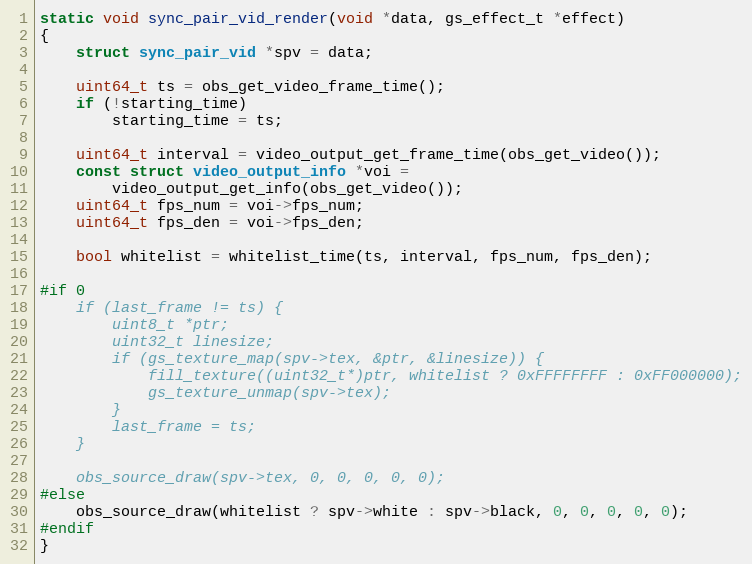
Language: C
static void sync_pair_vid_render(void *data, gs_effect_t *effect)
{
	struct sync_pair_vid *spv = data;

	uint64_t ts = obs_get_video_frame_time();
	if (!starting_time)
		starting_time = ts;

	uint64_t interval = video_output_get_frame_time(obs_get_video());
	const struct video_output_info *voi =
		video_output_get_info(obs_get_video());
	uint64_t fps_num = voi->fps_num;
	uint64_t fps_den = voi->fps_den;

	bool whitelist = whitelist_time(ts, interval, fps_num, fps_den);

#if 0
	if (last_frame != ts) {
		uint8_t *ptr;
		uint32_t linesize;
		if (gs_texture_map(spv->tex, &ptr, &linesize)) {
			fill_texture((uint32_t*)ptr, whitelist ? 0xFFFFFFFF : 0xFF000000);
			gs_texture_unmap(spv->tex);
		}
		last_frame = ts;
	}

	obs_source_draw(spv->tex, 0, 0, 0, 0, 0);
#else
	obs_source_draw(whitelist ? spv->white : spv->black, 0, 0, 0, 0, 0);
#endif
}